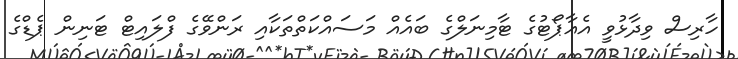
ހާރިސް ވިދާޅުވީ އެއާޕޯޓުގެ ޓާމިނަލްގެ ބައެއް މަސައްކަތްތަކާއި ރަންވޭގެ ފްލައިޓް ޓަނިން ޕެޑްގެ